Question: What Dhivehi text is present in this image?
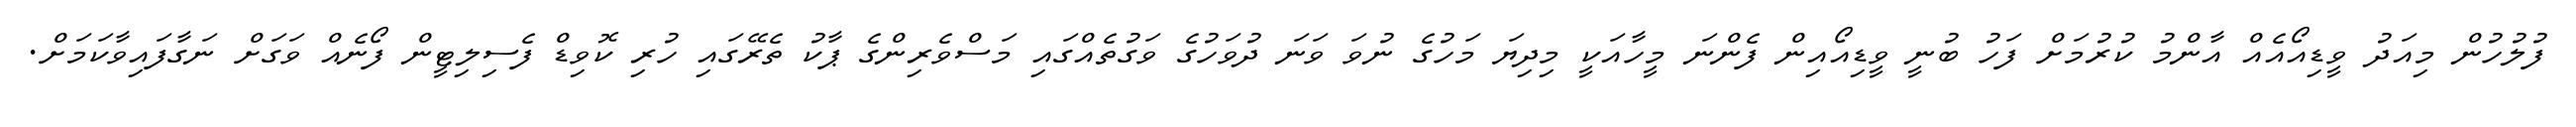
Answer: ފުލުހުން މިއަދު ވީޑިއޯއެއް އާންމު ކުރުމަށް ފަހު ބުނީ ވީޑިއޯއިން ފެންނަ މީހާއަކީ މިދިޔަ މަހުގެ ނުވަ ވަނަ ދުވަހުގެ ވަގުތެއްގައި މަސްވެރިންގެ ޕާކު ތެރޭގައި ހުރި ކޮވިޑް ފެސިލިޓީން ފޯނެއް ވަގަށް ނަގާފައިވާކަމަށް.